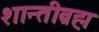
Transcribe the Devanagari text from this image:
शान्तीब्रह्म